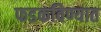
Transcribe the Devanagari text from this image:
फडकविण्यात